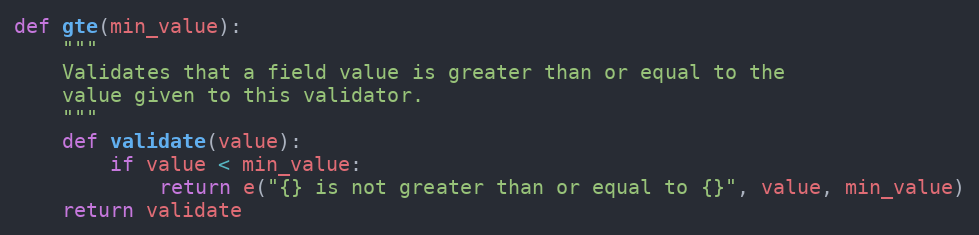
Language: Python
def gte(min_value):
    """
    Validates that a field value is greater than or equal to the
    value given to this validator.
    """
    def validate(value):
        if value < min_value:
            return e("{} is not greater than or equal to {}", value, min_value)
    return validate